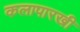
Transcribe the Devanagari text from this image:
कलापारखी